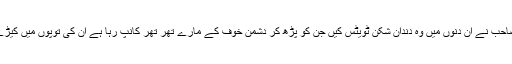
وزیر اعظم صاحب نے ان دنوں میں وہ دندان شکن ٹویٹس کیں جن کو پڑھ کر دشمن خوف کے مارے تھر تھر کانپ رہا ہے ان کی توپوں میں کیڑے پڑگئے ہیں۔